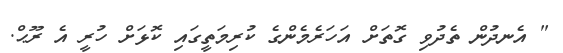
" އެނދުން ތެދުވި ގޮތަށް އަހަރެމެންގެ ކުރިމަތީގައި ކޮޅަށް ހުރީ އެ ރޫޙް.